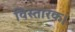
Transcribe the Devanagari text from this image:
विस्तारक।